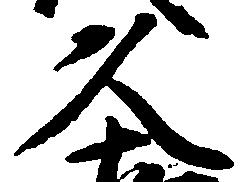
久